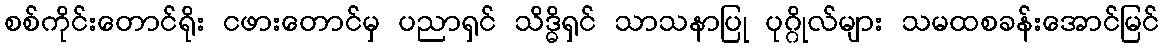
စစ်ကိုင်းတောင်ရိုး ငဖားတောင်မှ ပညာရှင် သိဒ္ဓိရှင် သာသနာပြု ပုဂ္ဂိုလ်များ သမထစခန်းအောင်မြင်